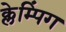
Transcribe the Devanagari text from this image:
क्लेम्पिंग